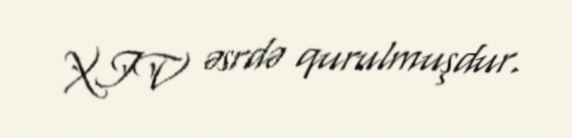
XIV əsrdə qurulmuşdur.